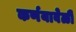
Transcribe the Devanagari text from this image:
कर्णयावेळी